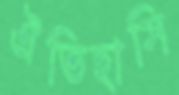
ঐতিহাসি